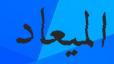
الميعاد